Annual administration report of the Civil Veterinary Department of India - 1902-1903
Year: 1902
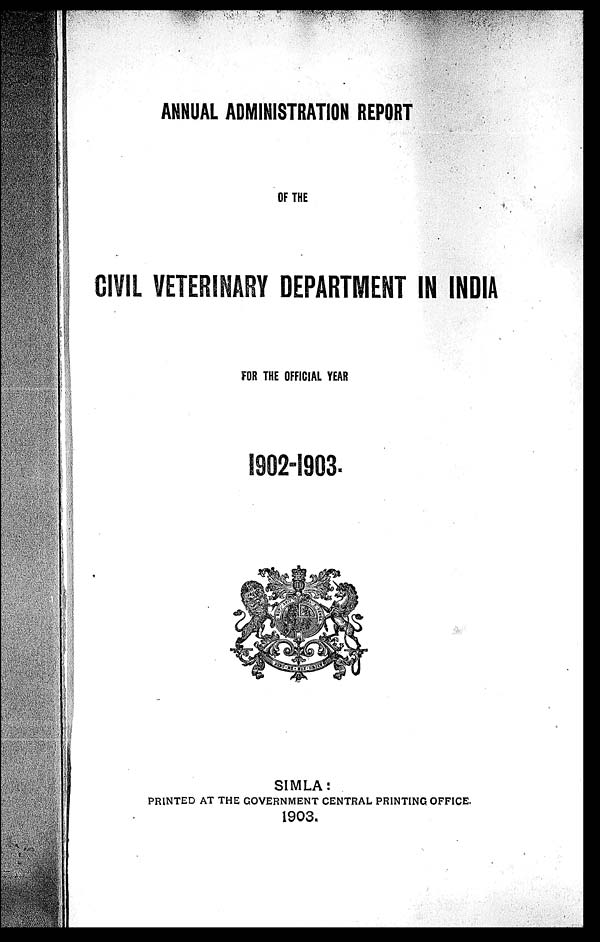
ANNUAL ADMINISTRATION REPORT
OF THE
CIVIL VETERINARY DEPARTMENT IN INDIA
FOR THE OFFICIAL YEAR
1902-1903.
SIMLA:
PRINTED AT THE GOVERNMENT CENTRAL PRINTING OFFICE.
1903.